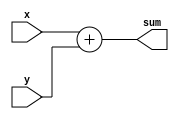
module top_module (
	input [3:0] x,
	input [3:0] y,
	output [4:0] sum
);

	// This circuit is a 4-bit ripple-carry adder with carry-out.
	assign sum = x+y;	// Verilog addition automatically produces the carry-out bit.

	// Verilog quirk: Even though the value of (x+y) includes the carry-out, (x+y) is still considered to be a 4-bit number (The max width of the two operands).
	// This is correct:
	// assign sum = (x+y);
	// But this is incorrect:
	// assign sum = {x+y};	// Concatenation operator: This discards the carry-out
endmodule